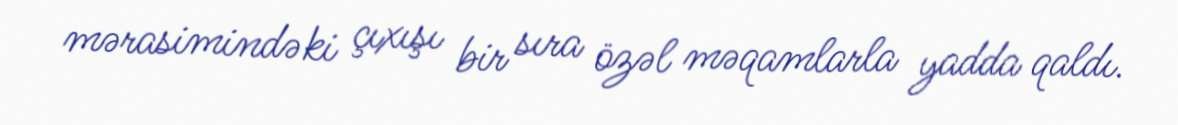
mərasimindəki çıxışı bir sıra özəl məqamlarla yadda qaldı.